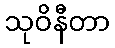
သုဝိနီတာ